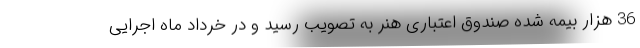
36 هزار بیمه شده صندوق اعتباری هنر به تصویب رسید و در خرداد ماه اجرایی